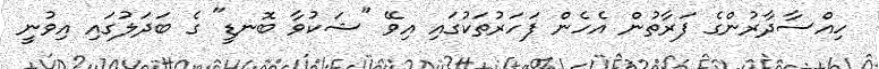
ހިއްސާދާރުންގެ ފަރާތުން އެހެން ފަހަރުތަކުގައި އިވޭ "ޝަކުވާ ބޮނޑީ" ގެ ބަދަލުގައި އިވުނީ